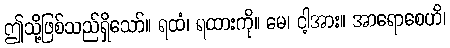
ဤသို့ဖြစ်သည်ရှိသော်။ ရထံ၊ ရထားကို။ မေ၊ ငါ့အား။ အာရောစေဟိ၊